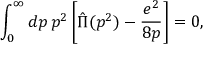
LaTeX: \int _ { 0 } ^ { \infty } d p \, p ^ { 2 } \left[ \hat { \Pi } ( p ^ { 2 } ) - \frac { e ^ { 2 } } { 8 p } \right] = 0 ,